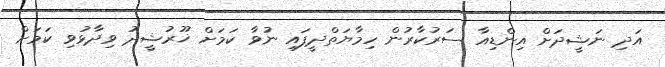
އަދި ނަޝީދަށް އިންޑިއާ ސަރުކާރުން ހިމާޔަތްދީފައި ނުވާ ކަމަށް ޚޫރުޝީދު ވިދާޅުވި ކަމަށް